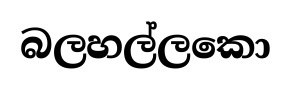
බලහල්ලකො